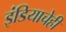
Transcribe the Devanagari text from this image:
इंडियाचेही